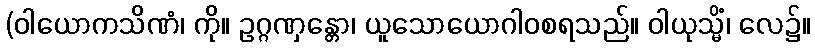
(ဝါယောကသိဏံ၊ ကို။ ဥဂ္ဂဏှန္တော၊ ယူသောယောဂါဝစရသည်။ ဝါယုသ္မိံ၊ လေ၌။